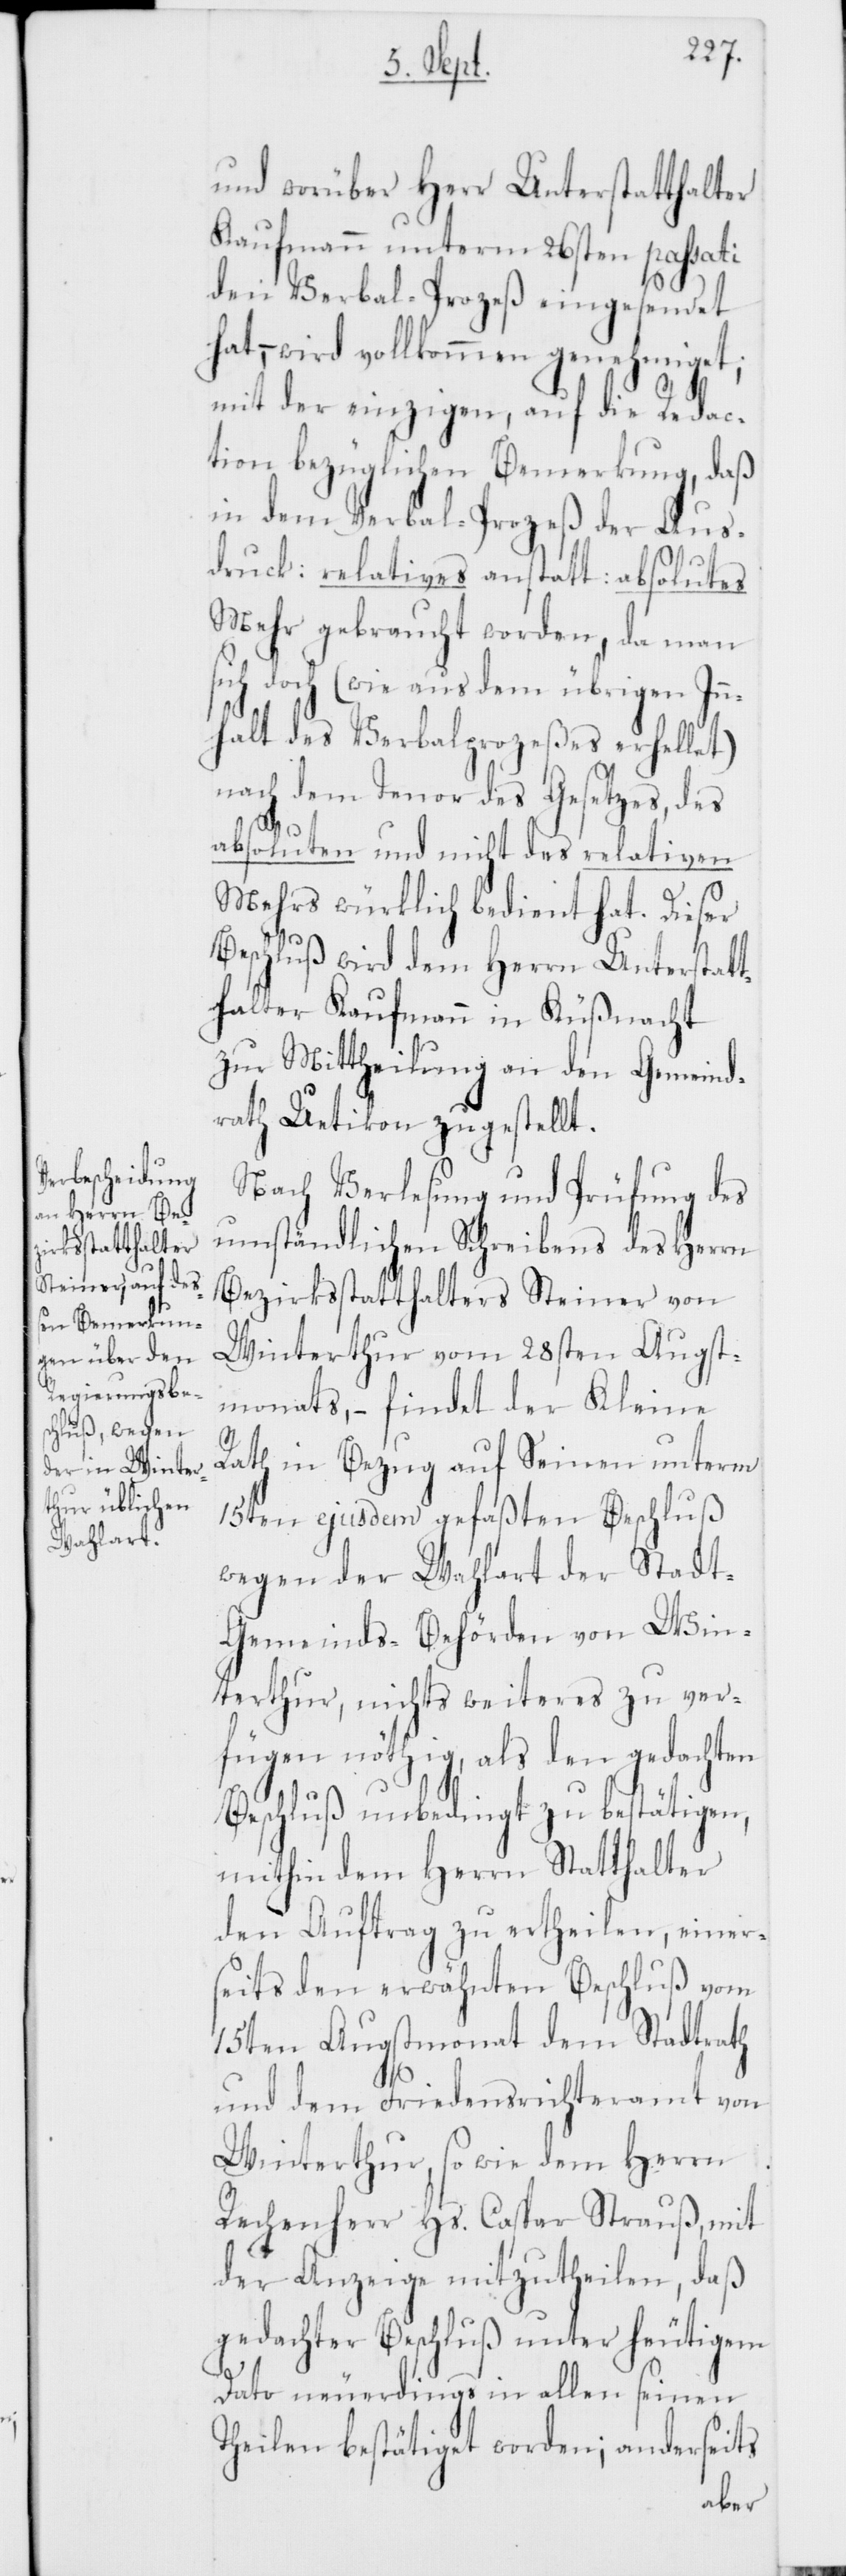
und worüber Herr Unterstatthalter
Kaufmann unterm 26sten passati
den Verbal-Prozeß eingesendet
hat, – wird vollkommen genehmiget;
mit der einzigen, auf die Redac¬
tion bezüglichen Bemerkung, daß
in dem Verbal-Prozeß der Aus¬
druck: relatives anstatt: absolutes
Mehr gebraucht worden, da man
sich doch (wie aus dem übrigen Inn¬
halt des Verbalprozeßes erhellet)
nach dem Tenor des Gesetzes, des
absoluten und nicht des relativen
Mehrs würklich bedient hat. Dieser
Beschluß wird dem Herrn Unterstat¬
thalter Kaufmann in Küßnacht
zur Mittheilung an den Gemeind¬
rath Uetikon zugestellt.
Nach Verlesung und Prüfung des
umständlichen Schreibens des Herrn
Bezirksstatthalters Steiner von
Winterthur vom 28sten Augst¬
monats, – findet der Kleine
Rath in Bezug aus seinen unterm
15ten ejusdem gefaßten Beschluß
wegen der Wahlart der Stadt-G¬
emeinds-Behörden von Win¬
terthur, nichts weiteres zu ver¬
fügen nöthig, als den gedachten
Beschluß unbedingt zu bestätigen,
mithin dem Herrn Statthalter
den Auftrag zu ertheilen, einer¬
seits den erwähnten Beschluß vom
15ten Augstmonat dem Stadtrath
und dem Friedensrichteramt von
Winterthur, so wie dem Herrn
Rechenherr Hs. Caspar Strauß, mit
der Anzeige mitzutheilen, daß
gedachter Beschluß unter heutigem
Dato neuerdings in allen seinen
Theilen bestätiget worden; anderseits